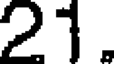
21.